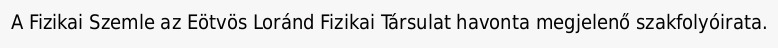
A Fizikai Szemle az Eötvös Loránd Fizikai Társulat havonta megjelenő szakfolyóirata.